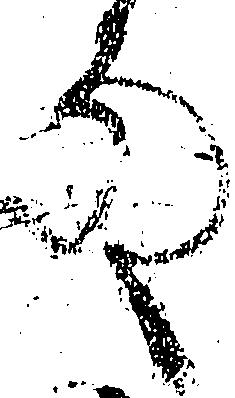
殿